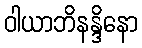
ဝါယာဘိနန္ဒိနော